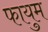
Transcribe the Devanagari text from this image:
फायुम